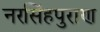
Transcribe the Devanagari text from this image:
नरसिंहपुराण